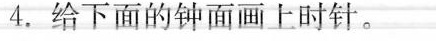
4. 给下面的钟面画上时针。